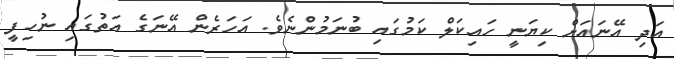
އަދި އޭނައަށް ކިޔަނީ ހައިކަލް ކަމުގައި ބުނަމުންނެވެ. އަހަރެން އޭނަގެ އަތުގައި ނުހިފީ